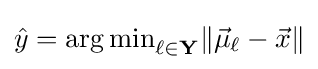
{\hat {y}}={\arg \min }_{\ell \in \mathbf {Y} }\|{\vec {\mu }}_{\ell }-{\vec {x}}\|